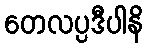
တေလပ္ပဒီပါနိ